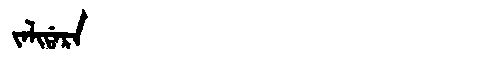
Manchu: ᠵᠠᠯᡳᡩᠠᡵᠠ
Romanization: JALIDARA